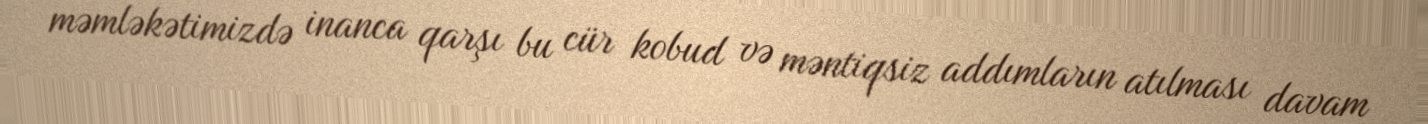
məmləkətimizdə inanca qarşı bu cür kobud və məntiqsiz addımların atılması davam